Observations on the prevention of leprosy by segregation
Disease focus: Leprosy
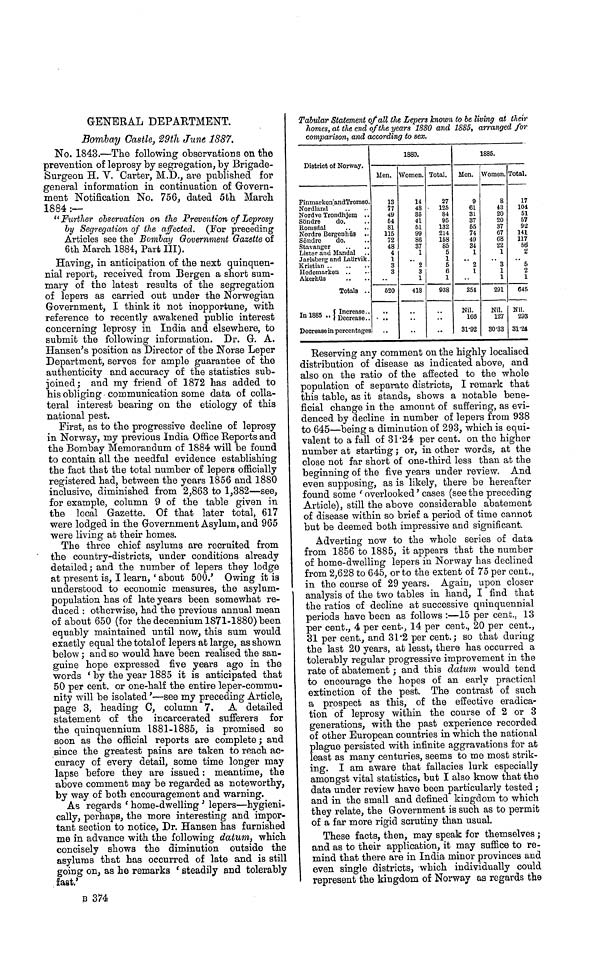
GENERAL DEPARTMENT.
Bombay Castle, 29th June 1887.
No. 1843.—The following observations on the
prevention of leprosy by segregation, by Brigade-
Surgeon H. V. Carter, M.I),, are published for
general information in continuation of Govern-
ment Notification No. 756, dated ôth March
1884 :—
" Further observation on the Prevention of Leprosy
by Segregation of the affected. (For preceding
Articles see the Bombay Government Gazette of
6th March 1884, Part III).
Having, in anticipation of the next quinquen-
nial report, received from Bergen a short sum-
mary of the latest results of the segregation
of lepers as carried out under the Norwegian
Government, I think it not inopportune, with
reference to recently awakened public interest
concerning leprosy in India and elsewhere, to
submit the following information. Dr. G. A.
Hansen's position as Director of the Norse Leper
Department, serves for ample guarantee of the
authenticity and accuracy of the statistics sub-
joined; and my friend of 1872 has added to
his obliging communication some data of colla-
teral interest bearing on the etiology of this
national pest.
First, as to the progressive decline of leprosy
in Norway, my previous India Office Reports and
the Bombay Memorandum of 1884 will be found
to contain all the needful evidence establishing
the fact that the total number of lepers officially
registered had, between the years 1856 and 1880
inclusive, diminished from 2,863 to 1,382—see,
for example, column 9 of the table given in
the local Gazette. Of that later total, 617
were lodged in the Government Asylum, and 965
were living at their homes.
The three chief asylums are recruited from
the country-districts, under conditions already
detailed; and the number of lepers they lodge
at present is, I learn, ' about 500.' Owing it is
understood to economic measures, the asylum-
population has of late years been somewhat re-
duced : otherwise, had the previous annual mean
of about 650 (for the decennium 1871-1880) been
equably maintained until now, this sum would
exaetly equal the total of lepers at large, as shown
below ; and so would have been realised the san-
guine hope expressed five years ago in the
words ' by the year 1885 it is anticipated that
50 per cent, or one-half the entire leper-commu-
nity will be isolated '—see my preceding Article,
page 3, heading C, column 7. A detailed
statement of the incarcerated sufferers for
the quinquennium 1881-1885, is promised so
soon as the official reports are complete ; and
since the greatest pains are taken to reach ac-
curacy of every detail, some time longer may
lapse before they are issued : meantime, the
above comment may be regarded as noteworthy,
by way of both encouragement and warning.
As regards ' home-dwelling ' lepers—hygieni-
cally, perhaps, the more interesting and impor-
tant section to notice, Dr. Hansen has furnished
me in advance with the following datum, which
concisely shows the diminution outside the
asylums that has occurred of late and is still
going on, as he remarks 'steadily and tolerably
fast.'
B 374
Tabular Statement of all the Lepers known to be living at their
homes, at the end of the years 1880 and 1885, arranged for
comparison, and according to sex.
District of Norway,
Finmarken andTromso.
Nordland
Nordve Trondhiem ..
Söndre
do.
Ronisdal
..
..
Nordre Bergenhñs ..
Söndre
do.
Stavanger
Lister and Mandai
Jarlsberg and Laurvik.
Kristian ..
Hedemarken ..
Akerhüs
Totals ..
In
1885..Increase Decrease..
Decrease in percentages
Men.
13
77
49
64
81
115
72
48
4
1
3
3
520
..
1880.
Women.
14
48
85
41
51
99
86
37
1
m
2
3
1
418
••
Total.
27
125
84
05
132
214
158
85
5
1
5
6
1
938
••
Men.
9
61
31
37
55
74
49
34
1
2
1
354
Nil.
166
31.92
1885.
Women.
8
43
20
20
37
67
68
22
1
3
1
1
291
Nil.
127
30.33
Total.
17
104
51
57
92
141
117
66
2
6
2
1
645
Nil.
293
31.24
Reserving any comment on the highly localised
distribution of disease as indicated above, and
also on the ratio of the affected to the whole
population of separate districts, I remark that
this table, as it stands, shows a notable bene-
ficial change in the amount of suffering, as evi-
denced by decline in number of lepers from 938
to 645—being a diminution of 293, which is equi-
valent to a fall of 31 "24 per cent, on the higher
number at starting ; or, in other words, at the
close not far short of one-third less than at the
beginning of the five years under review. And
even supposing, as is likely, there be hereafter
found some ' overlooked ' cases (see the preceding
Article), still the above considerable abatement
of disease within so brief a period of time cannot
but be deemed both impressive and significant.
Adverting now to the whole series of data
from 1856 to 1885, it appears that the number
of home-dwelling lepers in Norway has declined
from 2,628 to 645, or to the extent of 75 per cent.,
in the course of 29 years. Again, upon closer
analysis of the two tables in hand, I find that
the ratios of decline at successive quinquennial
periods have been as follows :—15 per cent., 13
per cent., 4 per cent-, 14 per cent., 20 per cent.,
31 per cent., and 31.2 per cent.; so that during
the last 20 years, at least, there has occurred a
tolerably regular progressive improvement in the
rate of abatement ; and this datum would tend
to encourage the hopes of an early practical
extinction of the pest. The contrast of such
a prospect as this, of the effective eradica-
tion of leprosy within the course of 2 or 3
generations, with the past experience recorded
of other European countries in which the national
plague persisted with infinite aggravations for at
least as many centuries, seems to me most strik-
ing. I am aware that fallacies lurk especially
amongst vital statistics, but I also know that the
data under review have been particularly tested ;
and in the small and defined kingdom to which
they relate, the Government is such as to permit
of a far more rigid scrutiny than usual.
These facts, then, may speak for themselves ;
and as to their application, it may suffice to re-
mind that there are in India minor provinces and
even single districts, which individually could
represent the kingdom of Norway as regards the